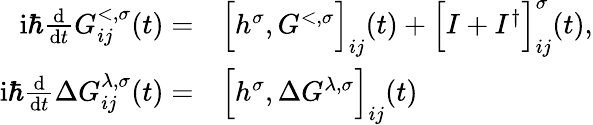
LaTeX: \begin{array}{rl}{\mathrm{i}\hbar\frac{\mathrm{d}}{\mathrm{d}t}G_{ij}^{<,\sigma}(t)=}&{{}\Big[h^{\sigma},G^{<,\sigma}\Big]_{ij}(t)+\Big[I+I^{\dagger}\Big]_{ij}^{\sigma}(t),}\\ {\mathrm{i}\hbar\frac{\mathrm{d}}{\mathrm{d}t}\Delta G_{ij}^{\lambda,\sigma}(t)=}&{{}\Big[h^{\sigma},\Delta G^{\lambda,\sigma}\Big]_{ij}(t)}\end{array}